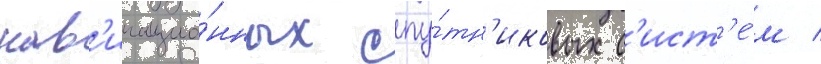
нав'игацио́нных спу́тн'иковых с'ист'е́м /